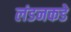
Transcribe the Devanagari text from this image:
लंडनकडे